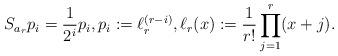
LaTeX: \begin{align*} S_{a_r}p_i=\frac1{2^{i}}p_i, p_i:=\ell_r^{(r-i)}, \ell_r(x) := \frac{1}{r!}\prod_{j=1}^r(x+j).\end{align*}